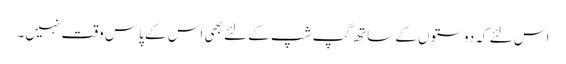
اس لئے کہ دوستوں کے ساتھ گپ شپ کے لئے بھی اس کے پاس وقت نہیں۔